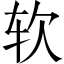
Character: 软